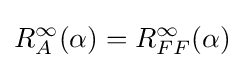
R_{A}^{\infty }(\alpha )=R_{FF}^{\infty }(\alpha )